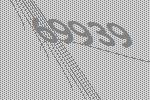
69939